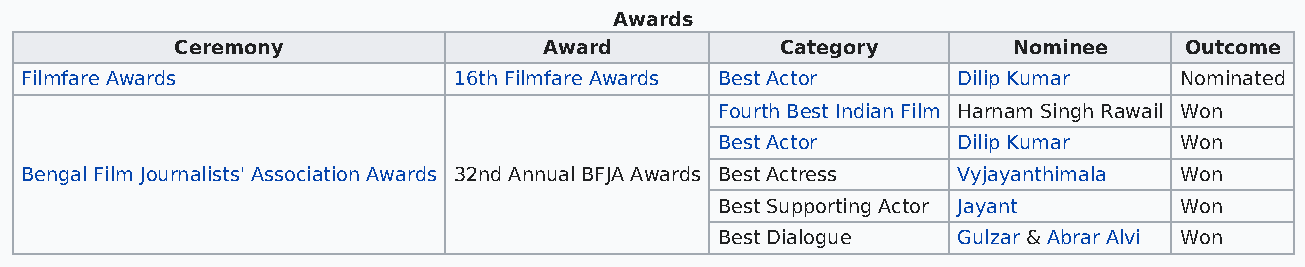
Awards
 Ceremony                Award           Category       Nominee    Outcome
 Filmfare Awards              16th Filmfare Awards Best Actor  Dilip Kumar    Nominated
 Fourth Best Indian Film Harnam Singh Rawail Won
 Best Actor      Dilip Kumar    Won
 Bengal Film Journalists' Association Awards 32nd Annual BFJA Awards Best Actress Vyjayanthimala Won
 Best Supporting Actor Jayant   Won
 Best Dialogue   Gulzar & Abrar Alvi Won